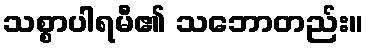
သစ္စာပါရမီ၏ သဘောတည်း။